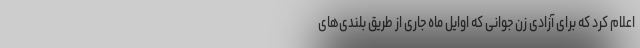
اعلام کرد که برای آزادی زن جوانی که اوایل ماه جاری از طریق بلندی‌های